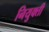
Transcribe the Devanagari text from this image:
नियुक्‍ती